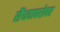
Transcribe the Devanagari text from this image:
सैंधवाबरोबर